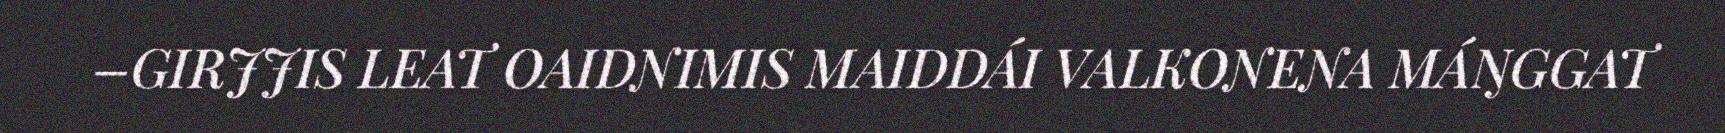
–GIRJJIS LEAT OAIDNIMIS MAIDDÁI VALKONENA MÁŊGGAT